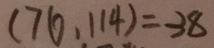
( 7 6 , 1 1 4 ) = 3 8